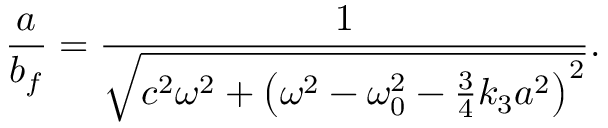
\frac { a } { b _ { f } } = \frac { 1 } { \sqrt { c ^ { 2 } \omega ^ { 2 } + \left( \omega ^ { 2 } - \omega _ { 0 } ^ { 2 } - \frac { 3 } { 4 } k _ { 3 } a ^ { 2 } \right) ^ { 2 } } } .